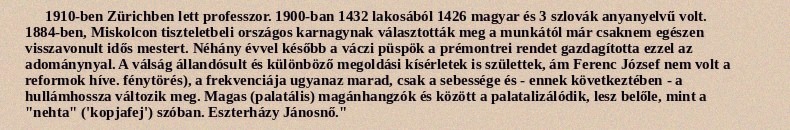
1910-ben Zürichben lett professzor. 1900-ban 1432 lakosából 1426 magyar és 3 szlovák anyanyelvű volt. 1884-ben, Miskolcon tiszteletbeli országos karnagynak választották meg a munkától már csaknem egészen visszavonult idős mestert. Néhány évvel később a váczi püspök a prémontrei rendet gazdagította ezzel az adománynyal. A válság állandósult és különböző megoldási kísérletek is születtek, ám Ferenc József nem volt a reformok híve. fénytörés), a frekvenciája ugyanaz marad, csak a sebessége és - ennek következtében - a hullámhossza változik meg. Magas (palatális) magánhangzók és között a palatalizálódik, lesz belőle, mint a "nehta" ('kopjafej') szóban. Eszterházy Jánosnő."